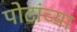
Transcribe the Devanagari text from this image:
पोटांच्या